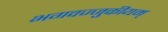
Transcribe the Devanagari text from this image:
भगवज्जुकीयम्‌